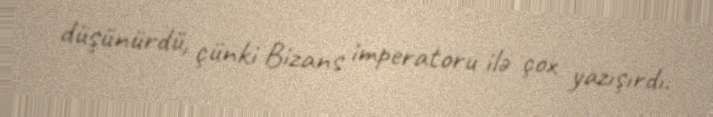
düşünürdü, çünki Bizans imperatoru ilə çox yazışırdı.